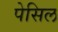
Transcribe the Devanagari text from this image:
पेसिल